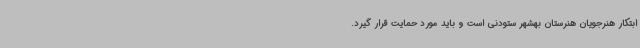
ابتکار هنرجویان هنرستان بهشهر ستودنی است و باید مورد حمایت قرار گیرد.